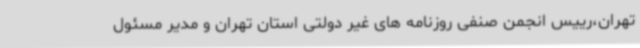
تهران،‌رییس انجمن صنفی روزنامه های غیر دولتی استان تهران و مدیر مسئول